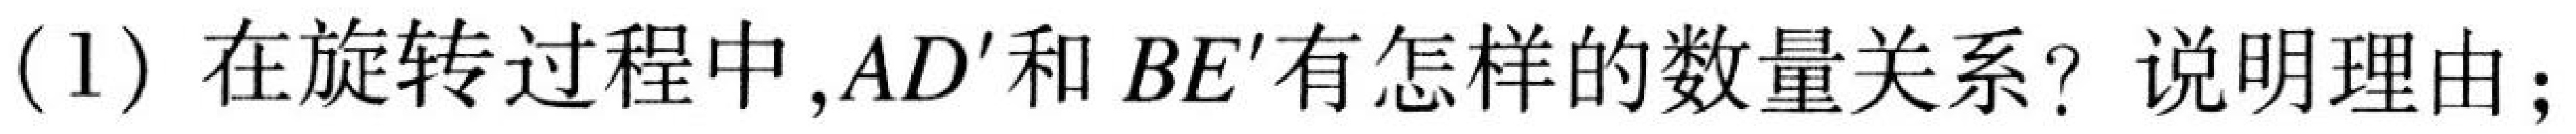
(1) 在旋转过程中,$AD'$和$BE'$有怎样的数量关系? 说明理由;